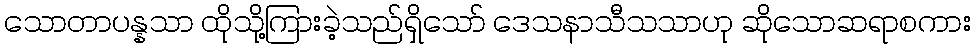
သောတာပန္နသာ ထိုသို့ကြားခဲ့သည်ရှိသော် ဒေသနာသီသသာဟု ဆိုသောဆရာစကား